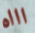
اااه